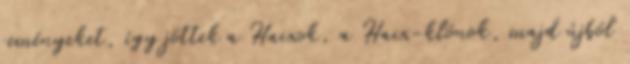
reményeket, így jöttek a Haixok, a Haix-klónok, majd újból